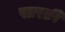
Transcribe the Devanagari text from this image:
सारङी